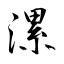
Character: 漯